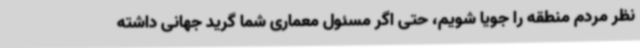
نظر مردم منطقه را جویا شویم، حتی اگر مسئول معماری شما گرید جهانی داشته